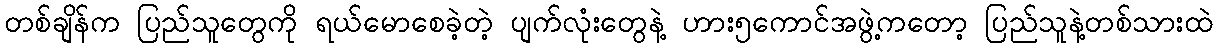
တစ်ချိန်က ပြည်သူတွေကို ရယ်မောစေခဲ့တဲ့ ပျက်လုံးတွေနဲ့ ဟား၅ကောင်အဖွဲ့ကတော့ ပြည်သူနဲ့တစ်သားထဲ